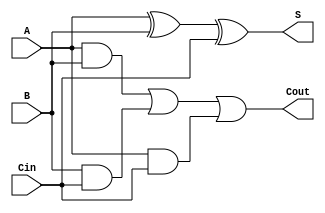
module full_adder (
    input wire A,      // First binary input
    input wire B,      // Second binary input
    input wire Cin,    // Carry-in input
    output wire S,     // Sum output
    output wire Cout   // Carry-out output
);

// Behavioral description of the full adder
assign S = A ^ B ^ Cin;                // Sum is the XOR of A, B, and Cin
assign Cout = (A & B) | (B & Cin) | (A & Cin); // Carry-out logic

endmodule